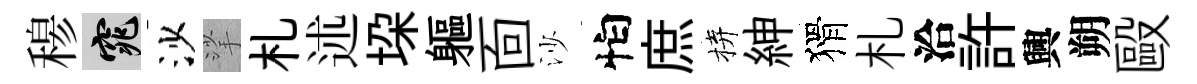
𥠇窕沙挲札述垜軀靣沙怕庶拚紳猾札洽許興朔毆